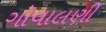
ગોવાલણી